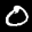
Label: 0